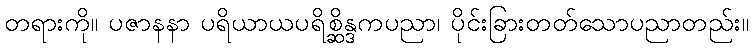
တရားကို။ ပဇာနနာ ပရိယာယပရိစ္ဆိန္ဒကပညာ၊ ပိုင်းခြားတတ်သောပညာတည်း။